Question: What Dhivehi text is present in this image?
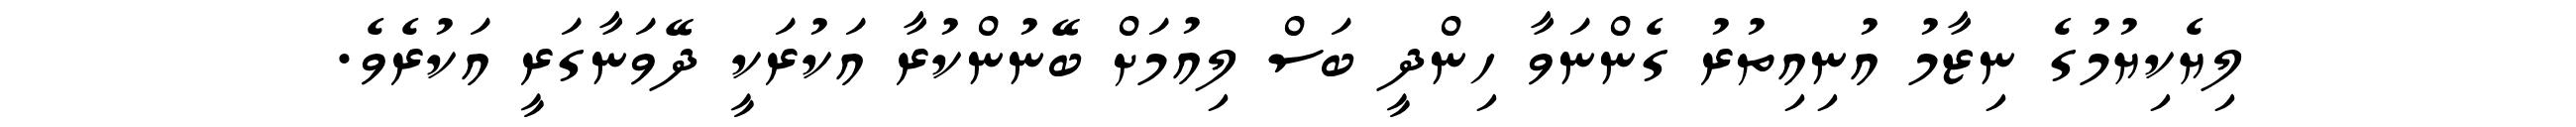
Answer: ލިޔެކިޔުމުގެ ނިޒާމު އުނިއިތުރު ގެންނަވާ ހިންދީ ބަސް ލިއުމަށް ބޭނުންކުރާ އަކުރަކީ ދޭވަނާގަރީ އަކުރެވެ.